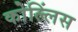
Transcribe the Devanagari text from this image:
कोल्लिंस